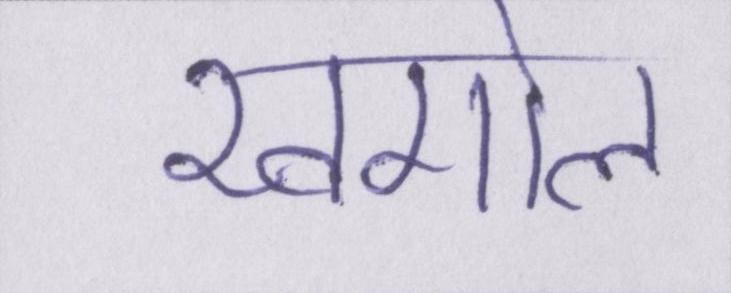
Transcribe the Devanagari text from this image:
खगोल